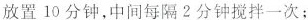
放置10分钟，中间每隔2分钟搅拌一次；